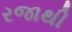
રજાથી